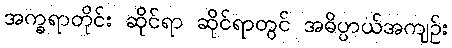
အက္ခရာတိုင်း ဆိုင်ရာ ဆိုင်ရာတွင် အဓိပ္ပာယ်အကျဉ်း